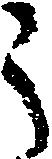
う